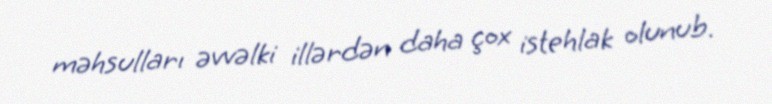
məhsulları əvvəlki illərdən daha çox istehlak olunub.